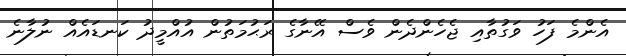
އެންމެ ފަހު ވަގުތާއި ޖެހެންދެން ވެސް އޭނާގެ ރަޙުމަތުން އުއްމީދު ކަނޑައެއް ނުލާނެ